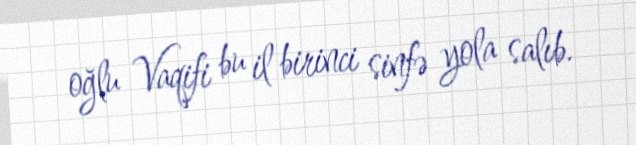
oğlu Vaqifi bu il birinci sinfə yola salıb.